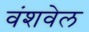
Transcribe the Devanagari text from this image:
वंशवेल